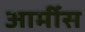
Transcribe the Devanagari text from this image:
आर्मीस